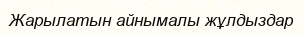
Жарылатын айнымалы жұлдыздар